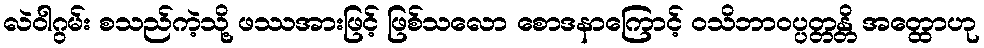
လဲဝါဂွမ်း စသည်ကဲ့သို့ ဖဿအားဖြင့် ဖြစ်သလော စောဒနာကြောင့် ဝသိဘာဝပ္ပတ္တန္တိ အတ္ထောဟု